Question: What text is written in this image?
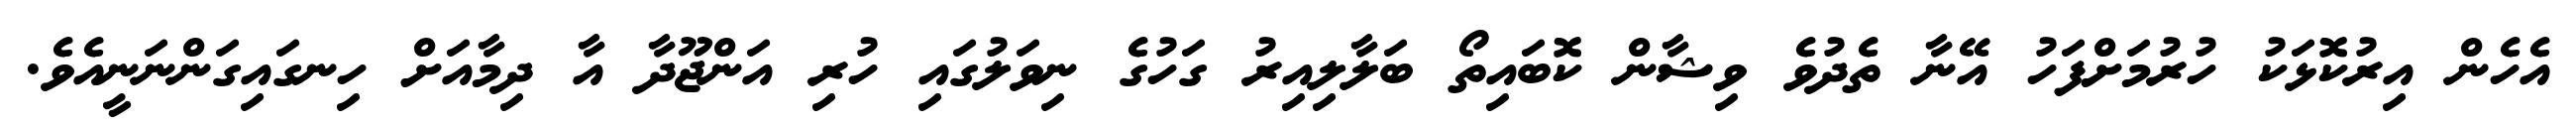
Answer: އެހެން އިރުކޮޅަކު ހުރުމަށްފަހު އޭނާ ތެދުވެ ވިޝާން ކޮބައިތޯ ބަލާލިއިރު ގަހުގެ ނިވަލުގައި ހުރި އަންޖޫދާ އާ ދިމާއަށް ހިނގައިގަންނަނީއެވެ.